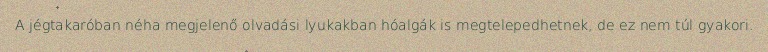
A jégtakaróban néha megjelenő olvadási lyukakban hóalgák is megtelepedhetnek, de ez nem túl gyakori.